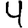
Digit: 4